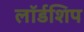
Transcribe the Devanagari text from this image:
लॉर्डशिप